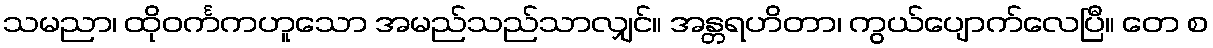
သမညာ၊ ထိုဝင်္ကကဟူသော အမည်သည်သာလျှင်။ အန္တရဟိတာ၊ ကွယ်ပျောက်လေပြီ။ တေ စ